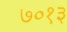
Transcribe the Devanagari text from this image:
७०१३